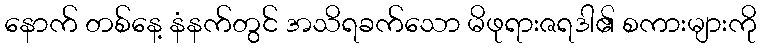
နောက် တစ်နေ့ နံနက်တွင် အသိရခက်သော မိဖုရားဇရဒါ၏ စကားများကို